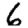
Digit: 6